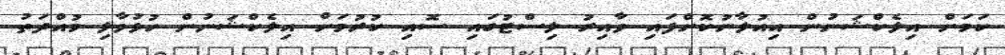
ކަމަށް އިލެކްޝަނުން އިއުލާނުކޮށްފައި ވާއިރު ލިސްޓުގައި ސޮއި ކުރުމަށް އިލެކްޝަނުން ހުޅުވާލި މުއްދަތު